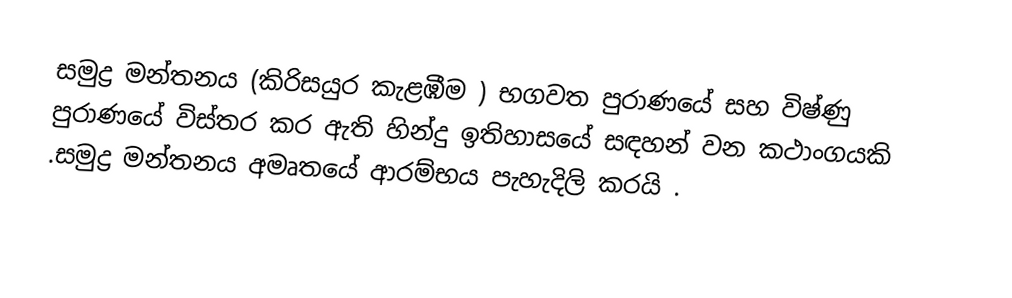
සමුද්‍ර මන්තනය (කිරිසයුර කැළඹීම ) භගවත පුරාණයේ සහ විෂ්ණු පුරාණයේ විස්තර කර ඇති හින්දු ඉතිහාසයේ සඳහන් වන කථාංගයකි .සමුද්‍ර මන්තනය අමෘතයේ ආරම්භය පැහැදිලි කරයි .